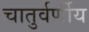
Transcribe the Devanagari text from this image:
चातुर्वर्णीय